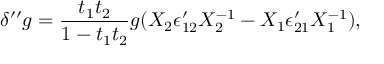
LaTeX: \delta ^ { \prime \prime } g = { \frac { t _ { 1 } t _ { 2 } } { 1 - t _ { 1 } t _ { 2 } } } g ( X _ { 2 } \epsilon _ { 1 2 } ^ { \prime } X _ { 2 } ^ { - 1 } - X _ { 1 } \epsilon _ { 2 1 } ^ { \prime } X _ { 1 } ^ { - 1 } ) ,